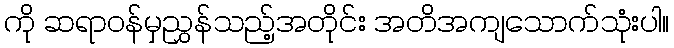
ကို ဆရာဝန်မှညွှန်သည့်အတိုင်း အတိအကျသောက်သုံးပါ။